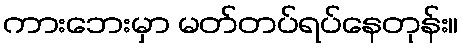
ကားဘေးမှာ မတ်တပ်ရပ်နေတုန်း။